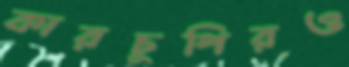
কারচুপিরও